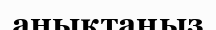
анықтаңыз